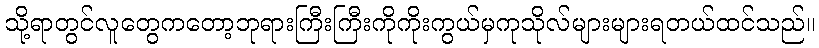
သို့ရာတွင်လူတွေကတော့ဘုရားကြီးကြီးကိုကိုးကွယ်မှကုသိုလ်များများရတယ်ထင်သည်။